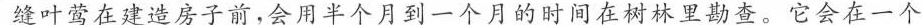
缝叶莺在建造房子前，会用半个月到一个月的时间在树林里勘查。它会在一个